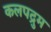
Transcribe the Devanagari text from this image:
कलपद्रुम